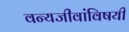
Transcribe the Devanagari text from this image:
वन्यजीवांविषयी